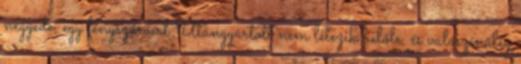
negyede, egy fényszóróért Utángyártott nem létezik belőle, és valószínűleg